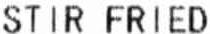
STIR FRIED